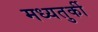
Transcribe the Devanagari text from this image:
मध्यतुर्की